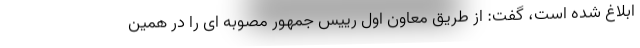
ابلاغ شده است، گفت: از طریق معاون اول رییس جمهور مصوبه ای را در همین